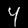
Label: 4